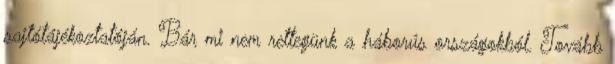
sajtótájékoztatóján. Bár mi nem rettegünk a háborús országokból. Tovább